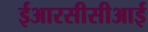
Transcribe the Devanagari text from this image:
ईआरसीसीआई